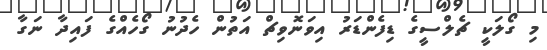
މި ގޯލަކީ ޗެލްސީގެ ޑިފެންޑަރު އިވަނޮވިޗް އަތުން ހެދުނު ގޯހެއްގެ ފައިދާ ނަގާ